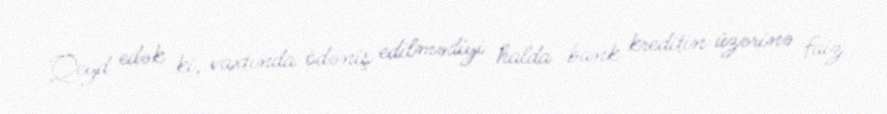
Qeyd edək ki, vaxtında ödəniş edilmədiyi halda bank kreditin üzərinə faiz